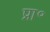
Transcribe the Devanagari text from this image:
प्रा॰